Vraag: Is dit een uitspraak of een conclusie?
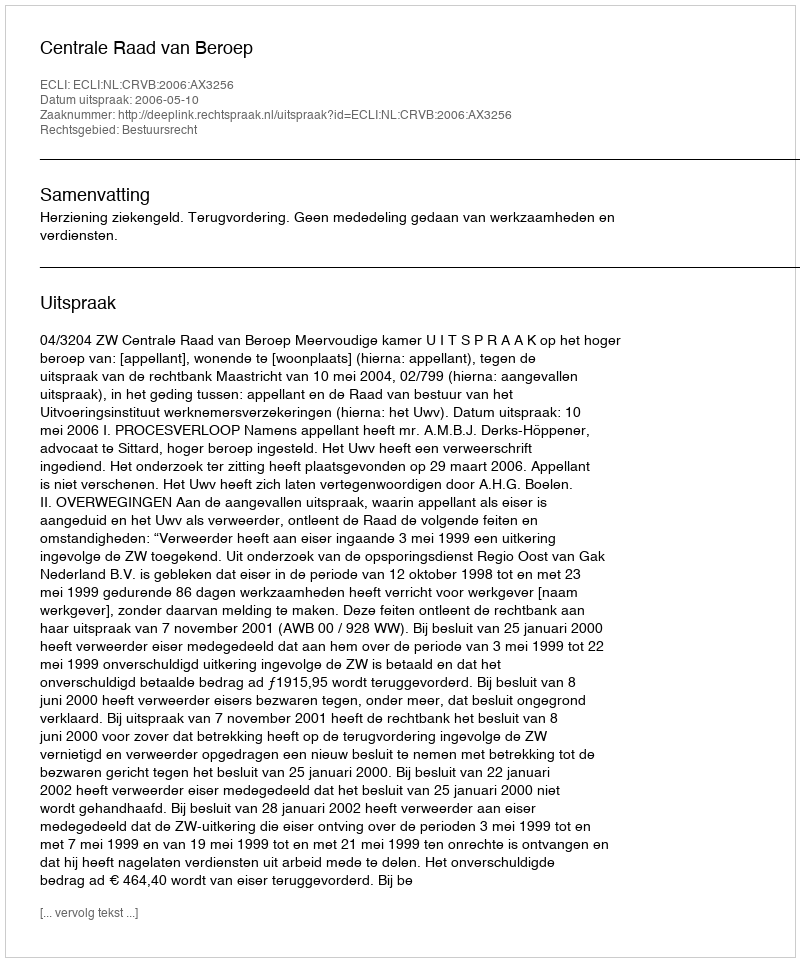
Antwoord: Uitspraak